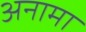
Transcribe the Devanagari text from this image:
अनामा